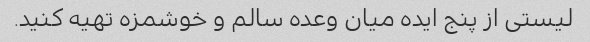
لیستی از پنج ایده میان وعده سالم و خوشمزه تهیه کنید.